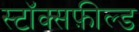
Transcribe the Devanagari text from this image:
स्टॉक्सफ़ील्ड